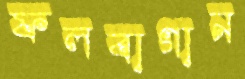
ফলবাগান